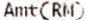
AMT(RM)